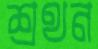
শ্রথন